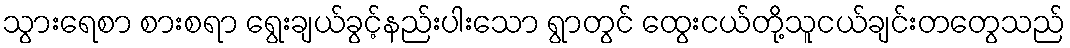
သွားရေစာ စားစရာ ရွေးချယ်ခွင့်နည်းပါးသော ရွာတွင် ထွေးငယ်တို့သူငယ်ချင်းတတွေသည်